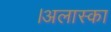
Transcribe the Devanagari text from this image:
।अलास्का